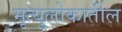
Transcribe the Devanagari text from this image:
मृत्युलोकातील